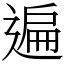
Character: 遍